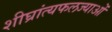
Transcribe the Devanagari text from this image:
शीघ्रांत्यफलज्याओं